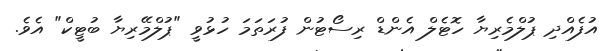
އުފެއްދި ޕުލްމެރިޔާ ހޮޓެލް އެންޑް ރިސޯޓުން ފުރަތަމަ ހުޅުވީ "ޕުލްމޭރިޔާ ބުޓީކް" އެވެ.